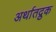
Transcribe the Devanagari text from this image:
अर्थातद्रुक